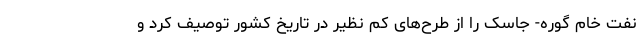
نفت خام گوره- جاسک را از طرح‌های کم نظیر در تاریخ کشور توصیف کرد و